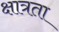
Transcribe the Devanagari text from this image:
क्षात्रता